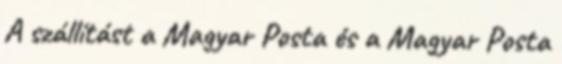
A szállítást a Magyar Posta és a Magyar Posta